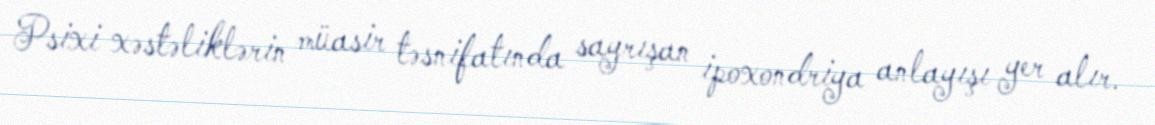
Psixi xəstəliklərin müasir təsnifatında sayrışan ipoxondriya anlayışı yer alır.